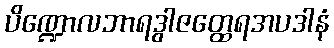
ပိဏ္ဍောလဘာရဒွါဇတ္ထေရအပဒါနံ